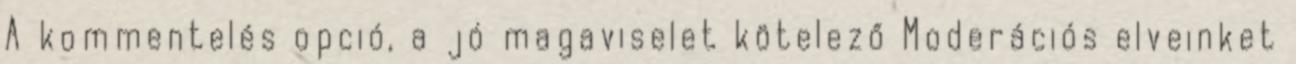
A kommentelés opció, a jó magaviselet kötelező Moderációs elveinket